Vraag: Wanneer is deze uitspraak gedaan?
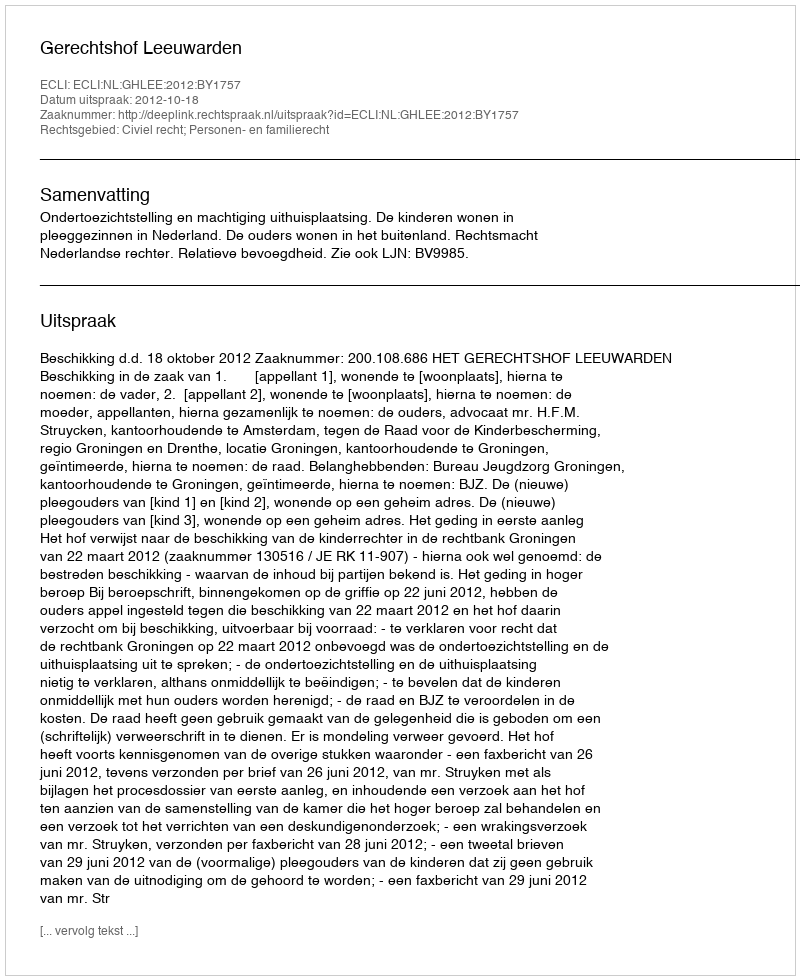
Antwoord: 2012-10-18